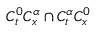
C _ { t } ^ { 0 } C _ { x } ^ { \alpha } \cap C _ { t } ^ { \alpha } C _ { x } ^ { 0 }